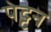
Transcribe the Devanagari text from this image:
पेट्टन